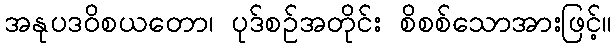
အနုပဒဝိစယတော၊ ပုဒ်စဉ်အတိုင်း စိစစ်သောအားဖြင့်။